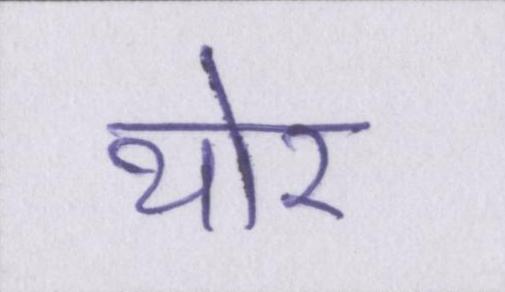
थोर